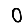
Digit: 0